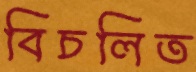
বিচলিত